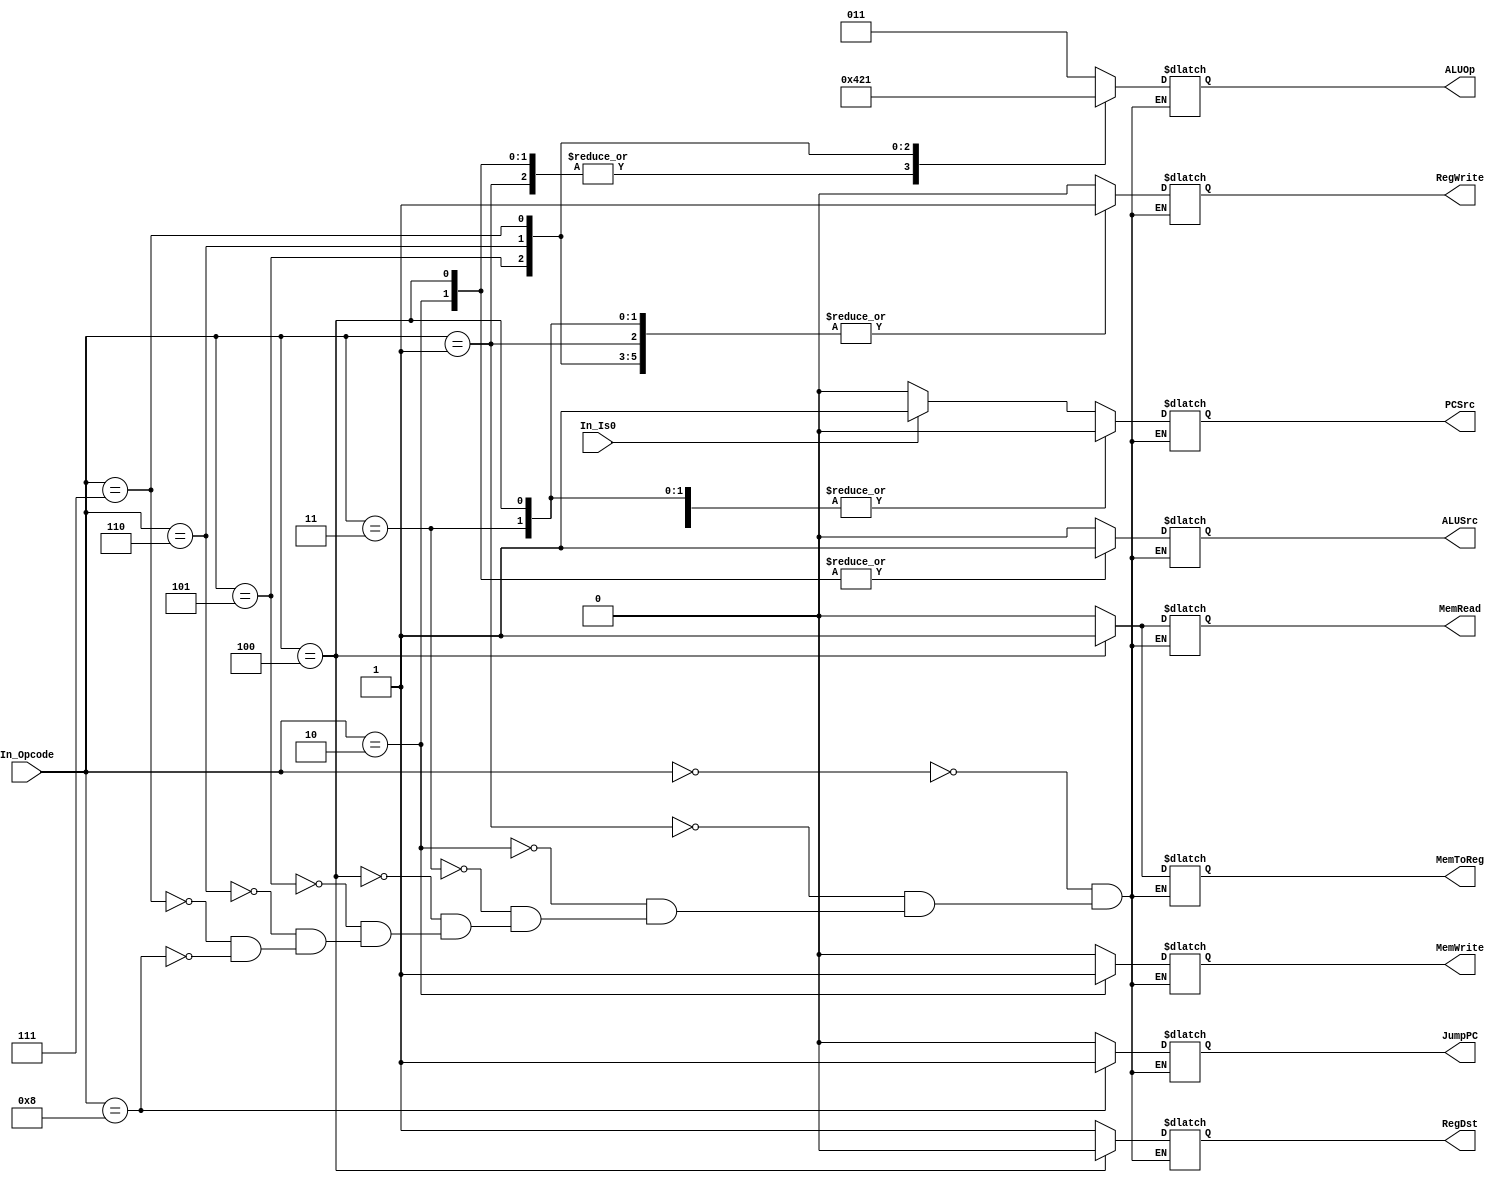
module Control_Unit(In_Opcode,In_Is0,RegDst, RegWrite, ALUSrc, ALUOp, 
					 MemWrite, MemRead,MemToReg, PCSrc, JumpPC);
output reg RegDst, RegWrite, ALUSrc,  MemWrite, MemRead, MemToReg, PCSrc, JumpPC;
output reg [2:0] ALUOp;
input In_Is0;
input [5:0] In_Opcode;
parameter BEQ = 6'b000000;
parameter ADD = 6'b000001;
parameter SW =  6'b000010;
parameter SUB = 6'b000011;
parameter LW =  6'b000100;
parameter AND = 6'b000101;
parameter SLT = 6'b000110;
parameter OR =  6'b000111;
parameter JUMP =  6'b001000;
always @(*) 
	begin
		case(In_Opcode)
				BEQ:
						begin
							 JumpPC = 1'b0;
							 RegDst = 1'bx;
							 RegWrite = 1'b0;
							 ALUSrc = 1'b0;
							 MemWrite = 1'b0;
							 MemRead = 1'b0;
							 MemToReg = 1'bx;
							 ALUOp = 3'b011;
							 if(In_Is0 == 1 ) PCSrc = 1'b1;
							 else PCSrc = 1'b0;
						end
				ADD:
						begin
							 JumpPC = 1'b0;
							 PCSrc = 1'b0;
							 RegDst = 1'b1;
							 RegWrite = 1'b1;
							 ALUSrc = 1'b0;
							 MemWrite = 1'b0;
							 MemRead = 1'b0;
							 MemToReg = 1'b0;
							 ALUOp = 3'b010;
						end
				SW:
						begin
						    JumpPC = 1'b0;
							 PCSrc = 1'b0;
							 RegDst = 1'bx;
							 RegWrite = 1'b0;
							 ALUSrc = 1'b1;
							 MemWrite = 1'b1;
							 MemRead = 1'b0;
							 MemToReg = 1'bx;
							 ALUOp = 3'b010;
						end
				SUB:
						begin
						    JumpPC = 1'b0;
							 PCSrc = 1'b0;
							 RegDst = 1'b1;
							 RegWrite = 1'b1;
							 ALUSrc = 1'b0;
							 MemWrite = 1'b0;
							 MemRead = 1'b0;
							 MemToReg = 1'b0;
							 ALUOp = 3'b011;
						end
				LW:
						begin
						    JumpPC = 1'b0;
						    PCSrc = 1'b0;
							 RegDst = 1'b0;
							 RegWrite = 1'b1;
							 ALUSrc = 1'b1;
							 MemWrite = 1'b0;
							 MemRead = 1'b1;
							 MemToReg = 1'b1;
							 ALUOp = 3'b010;
						end
				AND: 
						begin
						    JumpPC = 1'b0;
							 PCSrc = 1'b0;
							 RegDst = 1'b1;
							 RegWrite = 1'b1;
							 ALUSrc = 1'b0;
							 MemWrite = 1'b0;
							 MemRead = 1'b0;
							 MemToReg = 1'b0;
							 ALUOp = 3'b000;
						end
						
				SLT:
						begin
						    JumpPC = 1'b0;
							 PCSrc = 1'b0;
							 RegDst = 1'b1;
							 RegWrite = 1'b1;
							 ALUSrc = 1'b0;
							 MemWrite = 1'b0;
							 MemRead = 1'b0;
							 MemToReg = 1'b0;
							 ALUOp = 3'b100;
						end
				OR:
						begin
						    JumpPC = 1'b0;
							 PCSrc = 1'b0;
							 RegDst = 1'b1;
							 RegWrite = 1'b1;
							 ALUSrc = 1'b0;
							 MemWrite = 1'b0;
							 MemRead = 1'b0;
							 MemToReg = 1'b0;
							 ALUOp = 3'b001;
						end
			  JUMP:
			  			begin
						    JumpPC = 1'b1;
							 PCSrc = 1'b0;
							 RegDst = 1'bx;
							 RegWrite = 1'b0;
							 ALUSrc = 1'bx;
							 MemWrite = 1'b0;
							 MemRead = 1'b0;
							 MemToReg = 1'bx;
							 ALUOp = 3'bxxx;
						end
		endcase
	end
endmodule